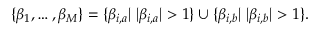
\begin{array} { r } { \{ \beta _ { 1 } , \ldots , \beta _ { M } \} = \{ \beta _ { i , a } | \; | \beta _ { i , a } | > 1 \} \cup \{ \beta _ { i , b } | \; | \beta _ { i , b } | > 1 \} . } \end{array}